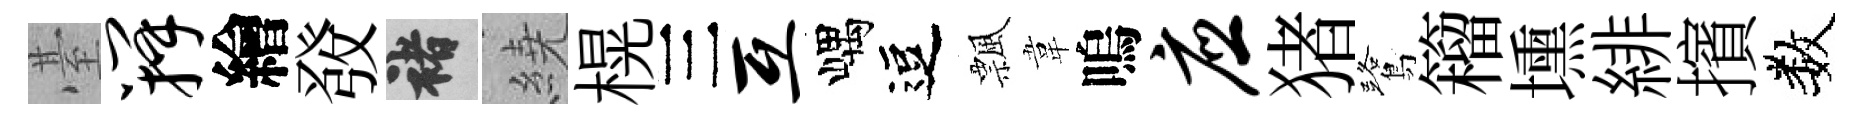
䑓瓣繪𤼲褚繞榥三互嵎逗飄韋嗚应猪鷺籕壎緋擯数